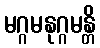
မဂ္ဂမနုဂ္ဂမန္တိ